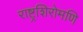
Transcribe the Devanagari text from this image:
राष्ट्रशिरोमणि